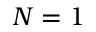
N = 1